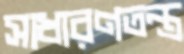
সাধারণতন্ত্র